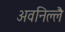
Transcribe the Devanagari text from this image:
अवनिल्लै